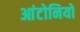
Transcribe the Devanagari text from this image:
आंटोनियो